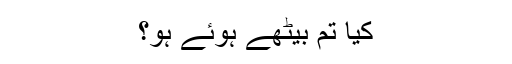
کیا تم بیٹھے ہوئے ہو؟